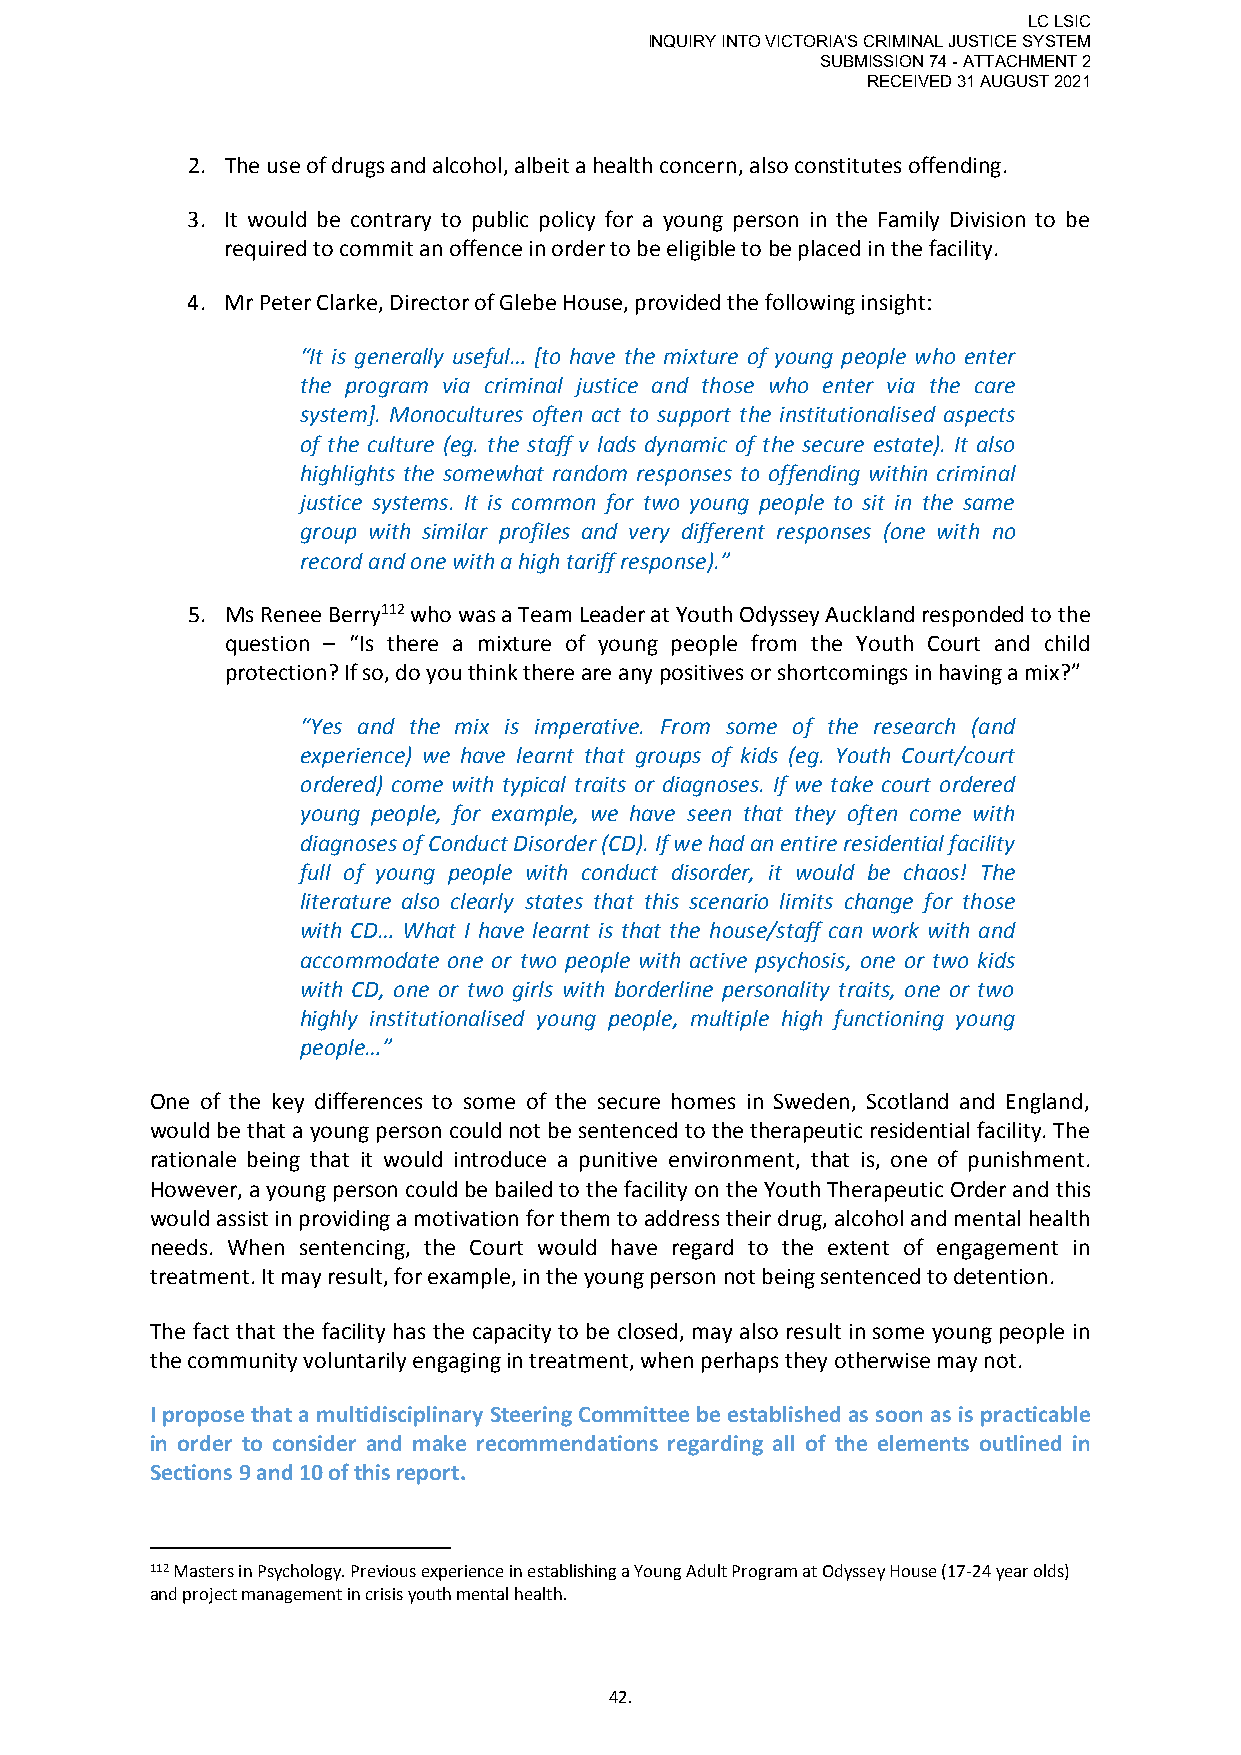
LC LSIC
 INQUIRY INTO VICTORIA'S CRIMINAL JUSTICE SYSTEM
 SUBMISSION 74 - ATTACHMENT 2
 RECEIVED 31 AUGUST 2021
 2. The use of drugs and alcohol, albeit a health concern, also constitutes offending.
 3. It would be contrary to public policy for a young person in the Family Division to be
 required to commit an offence in order to be eligible to be placed in the facility.
 4. Mr Peter Clarke, Director of Glebe House, provided the following insight:
 “It is generally useful… [to have the mixture of young people who enter
 the program via criminal justice and those who enter via the care
 system]. Monocultures often act to support the institutionalised aspects
 of the culture (eg. the staff v lads dynamic of the secure estate). It also
 highlights the somewhat random responses to offending within criminal
 justice systems. It is common for two young people to sit in the same
 group with similar profiles and very different responses (one with no
 record and one with a high tariff response).”
 5. Ms Renee Berry112 who was a Team Leader at Youth Odyssey Auckland responded to the
 question – “Is there a mixture of young people from the Youth Court and child
 protection? If so, do you think there are any positives or shortcomings in having a mix?”
 “Yes and the mix is imperative. From some of the research (and
 experience) we have learnt that groups of kids (eg. Youth Court/court
 ordered) come with typical traits or diagnoses. If we take court ordered
 young people, for example, we have seen that they often come with
 diagnoses of Conduct Disorder (CD). If we had an entire residential facility
 full of young people with conduct disorder, it would be chaos! The
 literature also clearly states that this scenario limits change for those
 with CD… What I have learnt is that the house/staff can work with and
 accommodate one or two people with active psychosis, one or two kids
 with CD, one or two girls with borderline personality traits, one or two
 highly institutionalised young people, multiple high functioning young
 people…”
 One of the key differences to some of the secure homes in Sweden, Scotland and England,
 would be that a young person could not be sentenced to the therapeutic residential facility. The
 rationale being that it would introduce a punitive environment, that is, one of punishment.
 However, a young person could be bailed to the facility on the Youth Therapeutic Order and this
 would assist in providing a motivation for them to address their drug, alcohol and mental health
 needs. When sentencing, the Court would have regard to the extent of engagement in
 treatment. It may result, for example, in the young person not being sentenced to detention.
 The fact that the facility has the capacity to be closed, may also result in some young people in
 the community voluntarily engaging in treatment, when perhaps they otherwise may not.
 I propose that a multidisciplinary Steering Committee be established as soon as is practicable
 in order to consider and make recommendations regarding all of the elements outlined in
 Sections 9 and 10 of this report.
 112 Masters in Psychology. Previous experience in establishing a Young Adult Program at Odyssey House (17-24 year olds)
 and project management in crisis youth mental health.
 42.